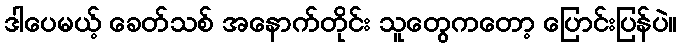
ဒါပေမယ့် ခေတ်သစ် အနောက်တိုင်း သူတွေကတော့ ပြောင်းပြန်ပဲ။